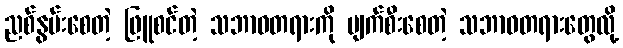
ညစ်နွမ်းစေတဲ့ ဖြူစင်တဲ့ သဘာဝတရားကို ပျက်စီးစေတဲ့ သဘာဝတရားတွေလို့